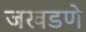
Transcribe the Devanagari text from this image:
जखडणे